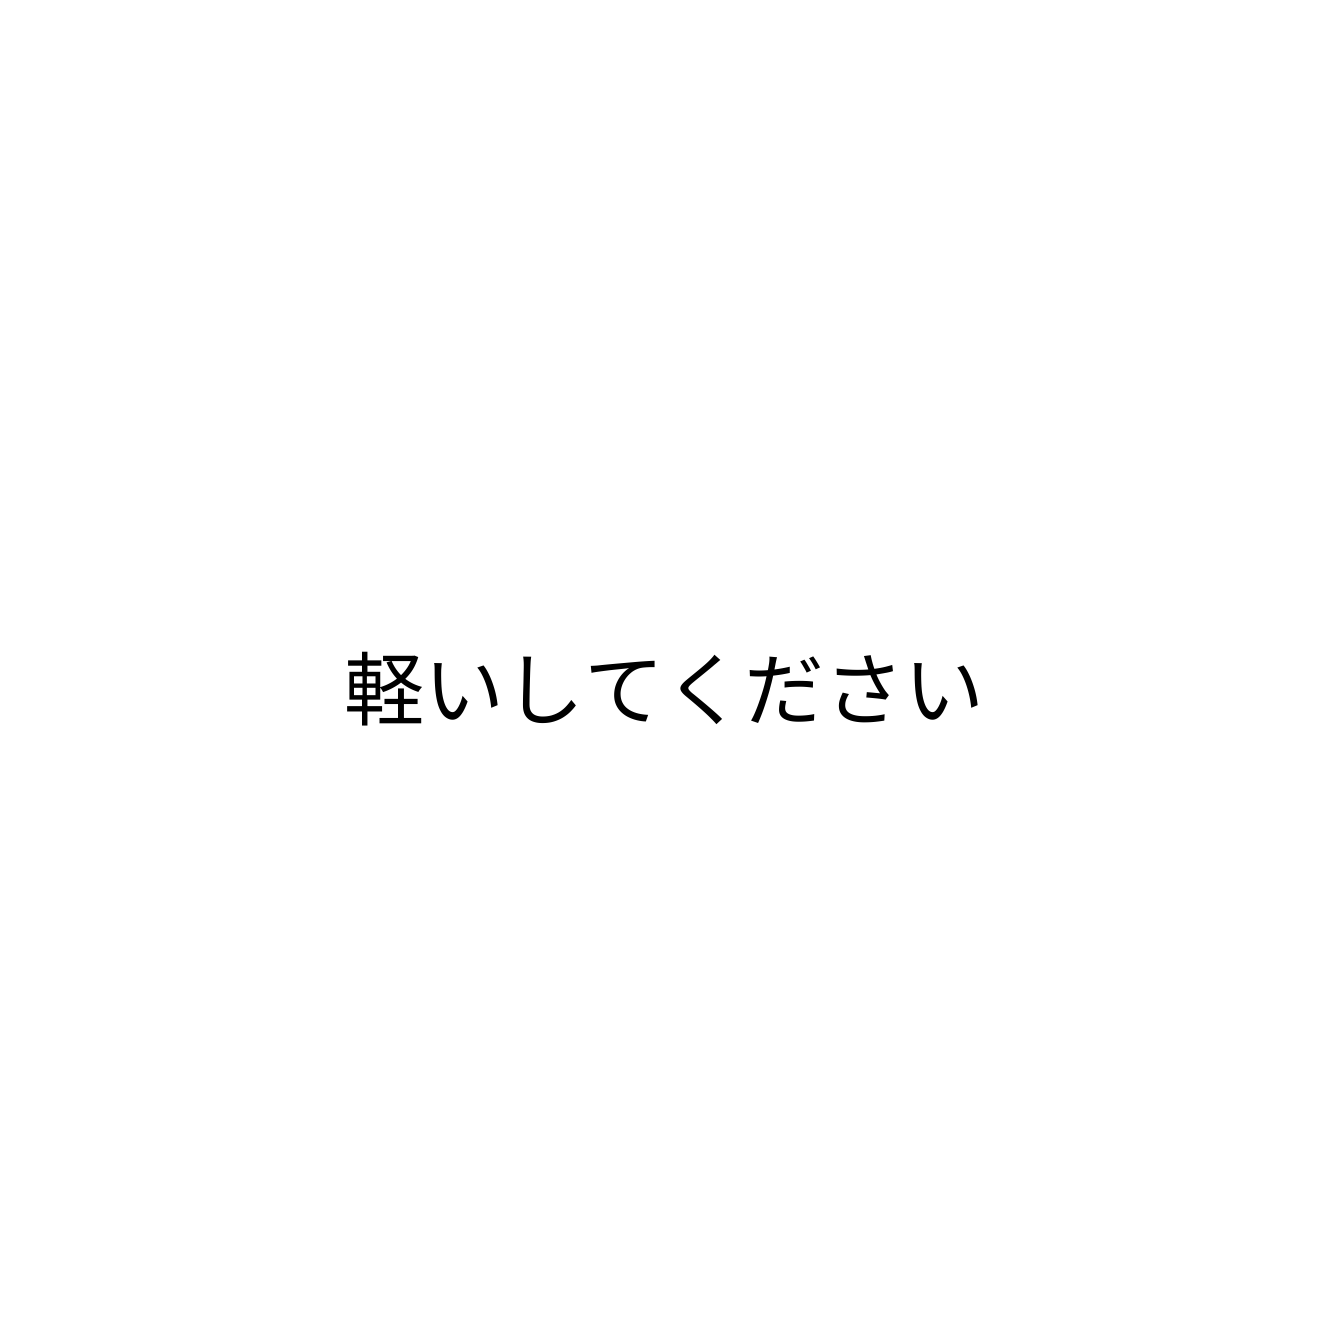
軽いしてください